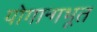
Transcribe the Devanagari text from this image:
योगान्गभूत